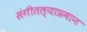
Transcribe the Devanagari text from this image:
संगीतल्याप्रमान